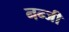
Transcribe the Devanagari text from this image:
नन्जी